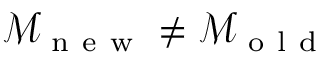
\mathcal { M } _ { \mathrm { ~ n ~ e ~ w ~ } } \neq \mathcal { M } _ { \mathrm { ~ o ~ l ~ d ~ } }